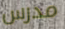
مدرس